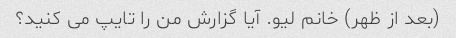
(بعد از ظهر) خانم لیو. آیا گزارش من را تایپ می کنید؟